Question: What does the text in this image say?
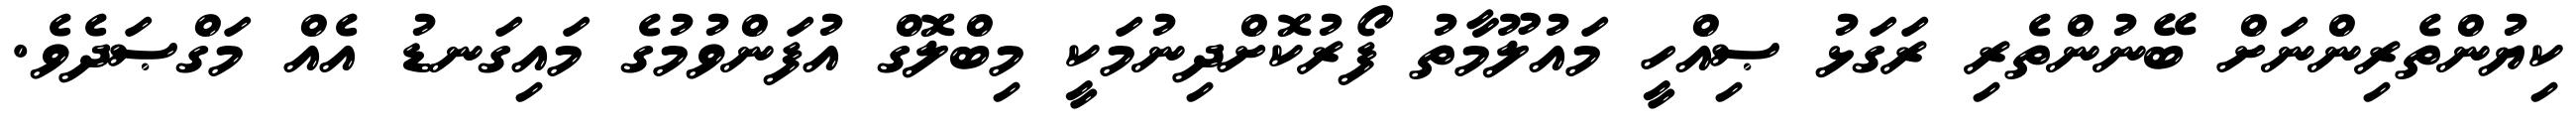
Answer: ކިޔުންތެރިންނަށް ބޭނުންތެރި ރަގަޅު ޞިއްހީ މައުލޫމާތު ފޯރުކޮށްދިނުމަކީ މިބްލޮގް އުފަންވުމުގެ މައިގަނޑު އެއް މަގްޞަދެވެ.